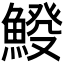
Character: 𩸿